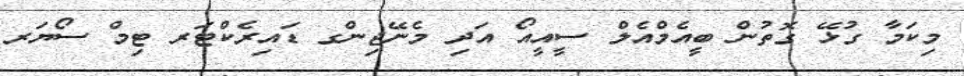
މިކަމާ ގުޅޭ ގޮތުން ބީއެމްއެލް ސީއީއޯ އަދި މެނޭޖިންގ ޑައިރެކްޓަރ ޓިމް ސޯޔަރ